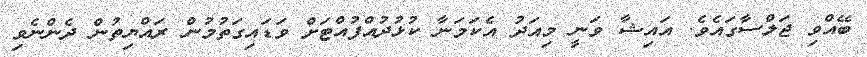
ބޭއްވި ޖަލްސާގައެވެ. އައިޝާ ވަނީ މިއަދު އެކަމަނާ ކުޅުދުއްފުއްޓަށް ވަޑައިގަތުމުން ރައްޔިތުން ދެންނެވި